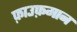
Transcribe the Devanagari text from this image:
फ़ाउफ़मान